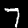
Digit: 7